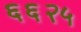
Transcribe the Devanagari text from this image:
६६२५